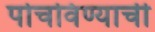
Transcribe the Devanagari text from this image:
पोचविण्याची